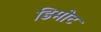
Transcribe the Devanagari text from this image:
डिमोट